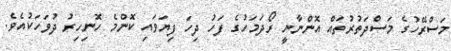
މަސްރޭހުގެ މަސްދަތުރުތައް އޮންނާނީ ރޯދަމަހުގެ ފަހު ދިހަ ފިޔަވައި ކޮންމެ ހޮނިހިރު ދުވަހަކުއެވެ.